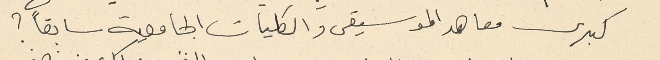
كبرى معاهد الموسيقى والكليات الجامعية سابقاً ؟